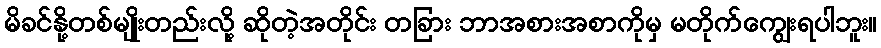
မိခင်နို့တစ်မျိုးတည်းလို့ ဆိုတဲ့အတိုင်း တခြား ဘာအစားအစာကိုမှ မတိုက်ကျွေးရပါဘူး။